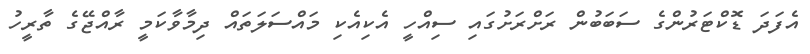
އެފަދަ ޑޮކްޓަރުންގެ ސަބަބުން ރަށްރަށުގައި ސިއްހީ އެކިއެކި މައްސަލަތައް ދިމާވާކަމީ ރާއްޖޭގެ ތާރީހު